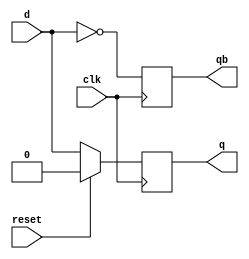
//simulation code 
module dff(
    input d,clk,reset,
    output reg q,qb
    );
    
    always @(negedge clk) begin
        if(reset==1) begin
            q<=0;
            qb<=1;
        end
        else
            q<=d;
            qb<=~d;
    end
endmodule

module siso_reg(
    input i,clk,rst,
    output [5:0]q
    );
    wire [5:0]qb;
    dff f1(i,clk,rst,q[5],qb[5]);
    dff f2(q[5],clk,rst,q[4],qb[4]);
    dff f3(q[4],clk,rst,q[3],qb[3]);
    dff f4(q[3],clk,rst,q[2],qb[2]);
    dff f5(q[2],clk,rst,q[1],qb[1]);
    dff f6(q[1],clk,rst,q[0],qb[0]);
endmodule  

module seq_gen(
    input i,clk,rst,
    output [5:0]a
    );
    wire [5:0]b;
    siso_reg r1(i,clk,rst,b);
    siso_reg r2(b[0],clk,rst,a);
    
endmodule

//Testbench code 
module tb;
reg i,clk,rst;
wire [5:0]a;

seq_gen s1(i,clk,rst,a);

always 
#5 clk=~clk;

initial begin
    clk=0;rst=1;i=0;#10
    rst=0;i=1;#10
    i=0;#10
    i=1;#10
    i=1;#10
    i=0;#10
    i=1;#10
    i=0;#60
    $stop();
end
endmodule